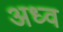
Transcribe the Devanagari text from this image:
अध्व